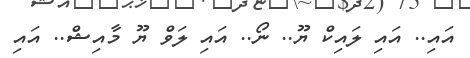
އައި.. އައި ލައިކް ޔޫ.. ނޯ.. އައި ލަވް ޔޫ މާއިޝް.. އަައި